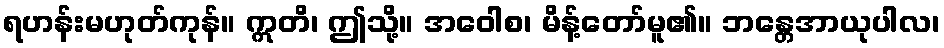
ရဟန်းမဟုတ်ကုန်။ ဣတိ၊ ဤသို့။ အဝေါစ၊ မိန့်တော်မူ၏။ ဘန္တေအာယုပါလ၊